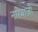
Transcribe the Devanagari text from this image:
नारेबाज़ी